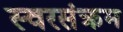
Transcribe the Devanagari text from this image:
स्वरसंक्रम